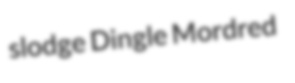
slodge Dingle Mordred